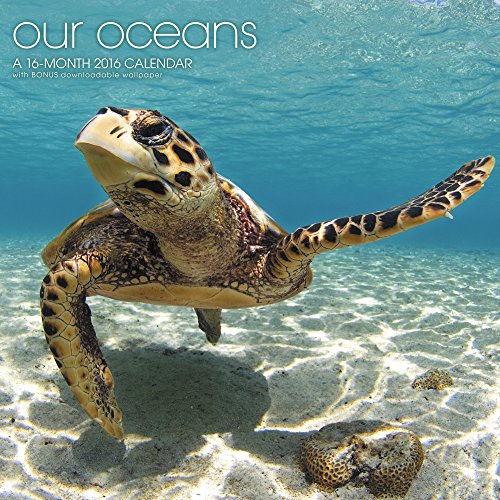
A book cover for Our Oceans Wall Calendar (2016); Landmark; Calendars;